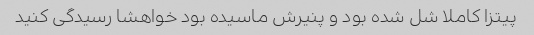
پیتزا کاملا شل شده بود و پنیرش ماسیده بود خواهشا رسیدگی کنید